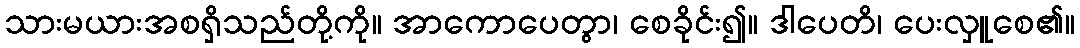
သားမယားအစရှိသည်တို့ကို။ အာကောပေတွာ၊ စေခိုင်း၍။ ဒါပေတိ၊ ပေးလှူစေ၏။